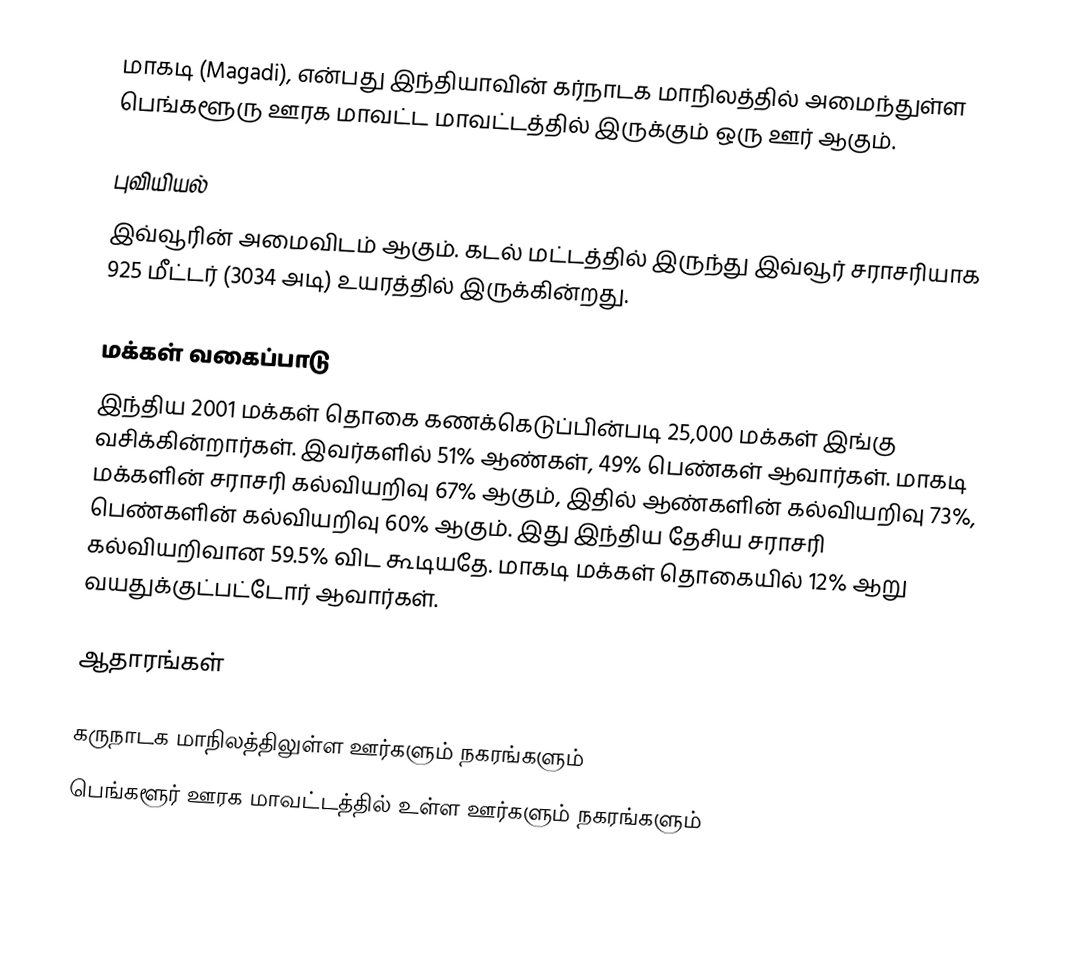
மாகடி (Magadi), என்பது இந்தியாவின் கர்நாடக மாநிலத்தில் அமைந்துள்ள பெங்களூரு ஊரக மாவட்ட மாவட்டத்தில் இருக்கும் ஒரு ஊர் ஆகும்.

புவியியல்
இவ்வூரின் அமைவிடம்  ஆகும். கடல் மட்டத்தில் இருந்து இவ்வூர் சராசரியாக 925 மீட்டர் (3034 அடி) உயரத்தில் இருக்கின்றது.

மக்கள் வகைப்பாடு
இந்திய 2001 மக்கள் தொகை கணக்கெடுப்பின்படி 25,000 மக்கள் இங்கு வசிக்கின்றார்கள். இவர்களில் 51% ஆண்கள், 49% பெண்கள் ஆவார்கள். மாகடி மக்களின் சராசரி கல்வியறிவு 67% ஆகும்,  இதில் ஆண்களின் கல்வியறிவு 73%,  பெண்களின் கல்வியறிவு 60% ஆகும். இது இந்திய தேசிய சராசரி கல்வியறிவான 59.5% விட கூடியதே. மாகடி மக்கள் தொகையில் 12%  ஆறு வயதுக்குட்பட்டோர் ஆவார்கள்.

ஆதாரங்கள்

கருநாடக மாநிலத்திலுள்ள ஊர்களும் நகரங்களும்
பெங்களூர் ஊரக மாவட்டத்தில் உள்ள ஊர்களும் நகரங்களும்